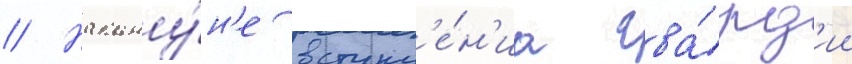
// Накану́н'е вступл'е́н'иа гва́рд'ии